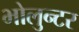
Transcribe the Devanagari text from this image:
भोलुन्टर